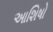
આશિષો